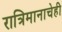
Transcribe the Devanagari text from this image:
रात्रिमानाचेही